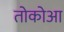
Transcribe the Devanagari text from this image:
तोकोआ